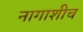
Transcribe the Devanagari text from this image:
नागाशीच